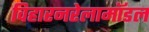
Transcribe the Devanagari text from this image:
विहारनरेलामॉडल